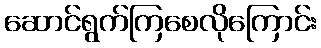
ဆောင်ရွက်ကြစေလိုကြောင်း